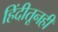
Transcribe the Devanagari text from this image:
हिंदीतूनही